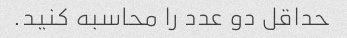
حداقل دو عدد را محاسبه کنید.